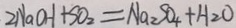
2 N a O H + S O _ { 2 } = N a _ { 2 } S O _ { 4 } + H _ { 2 } O